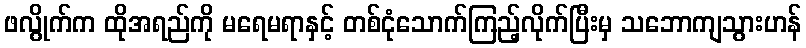
ဖလွိုက်က ထိုအရည်ကို မရေမရာနှင့် တစ်ငုံသောက်ကြည့်လိုက်ပြီးမှ သဘောကျသွားဟန်